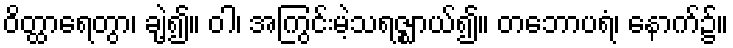
ဝိတ္ထာရေတွာ၊ ချဲ့၍။ ဝါ၊ အကြွင်းမဲ့သရဇ္ဈာယ်၍။ တဘောပရံ၊ နောက်၌။